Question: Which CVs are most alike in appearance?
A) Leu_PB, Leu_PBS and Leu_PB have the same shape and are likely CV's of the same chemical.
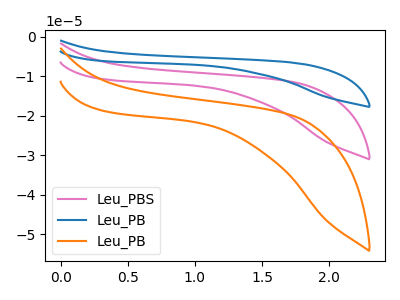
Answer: <think>The pink curve "Leu_PBS" has no peaks. The blue curve "Leu_PB" has no peaks. The orange curve "Leu_PB" has no peaks.
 Neither "Leu_PBS" or "Leu_PB" have any peaks. Neither "Leu_PBS" or "Leu_PB" have any peaks. Neither "Leu_PB" or "Leu_PB" have any peaks.</think>
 <answer>A) "Leu_PB", "Leu_PBS" and "Leu_PB" have the same shape and are likely CV's of the same chemical.</answer>
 <eval>A</eval>